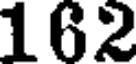
162